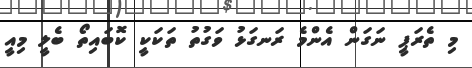
މި ތެރަޕީ ނަގަން އެންމެ ރަނގަޅު ވަގުތު ތަކަކީ ކޮބައިތޯ ބެލީ މިއީ